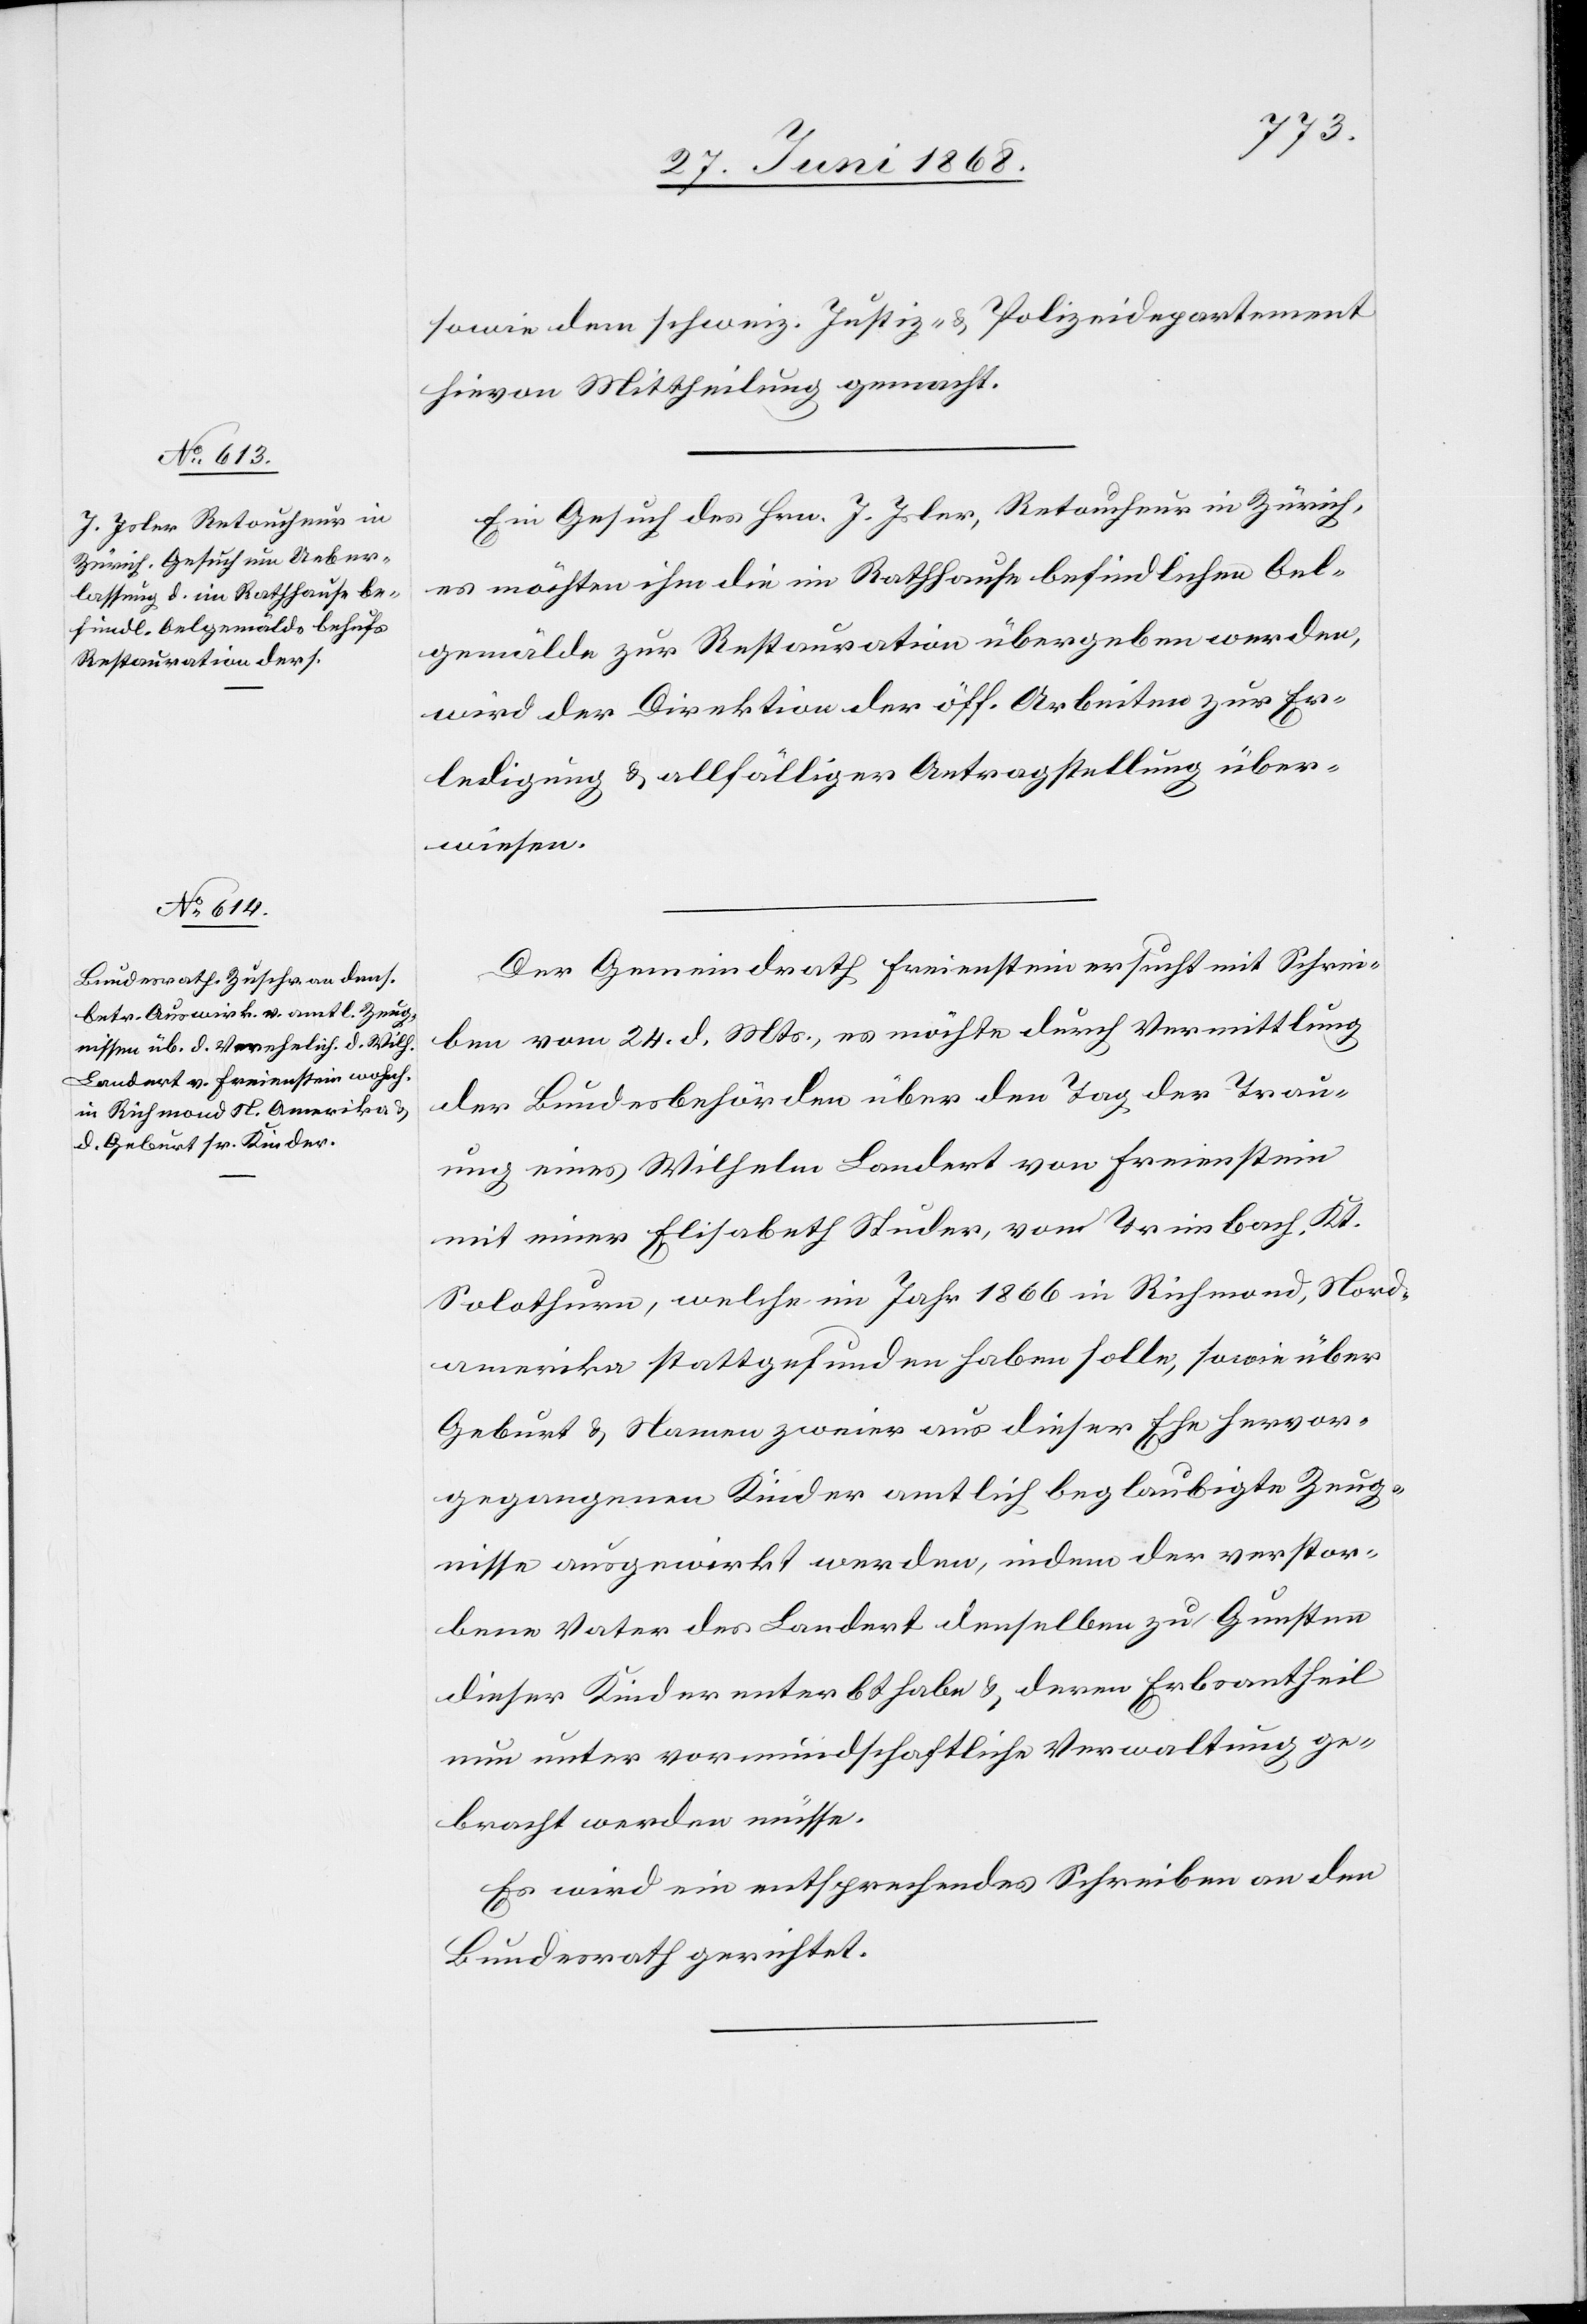
sowie dem schweiz. Justiz- & Polizeidepartement
hievon Mittheilung gemacht.
Ein Gesuch des Hrn. J. Isler, Retoucheur in Zürich,
es möchten ihm die im Rathhause befindlichen Oel¬
gemälde zur Restauration übergeben werden,
wird der Direktion der öff. Arbeiten zur Er¬
ledigung & allfälliger Antragstellung über¬
wiesen.
Der Gemeindrath Freienstein ersucht mit Schrei¬
ben vom 24. d. Mts., es möchte durch Vermittlung
der Bundesbehörden über den Tag der Trau¬
ung eines Wilhelm Landert von Freienstein
mit einer Elisabeth Studer, vom Trimbach, Kt.
Solothurn, welche im Jahr 1866 in Richmond, Nord¬
amerika stattgefunden haben solle, sowie über
Geburt & Namen zweier aus dieser Ehe hervor¬
gegangenen Kinder amtlich beglaubigte Zeug¬
nisse ausgewirkt werden, indem der verstor¬
bene Vater des Landert denselben zu Gunsten
dieser Kinder enterbt habe & deren Erbsantheil
nun unter vormundschaftliche Verwaltung ge¬
bracht werden müsse.
Es wird ein entsprechendes Schreiben an den
Bundesrath gerichtet.